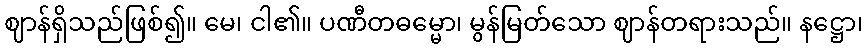
ဈာန်ရှိသည်ဖြစ်၍။ မေ၊ ငါ၏။ ပဏီတဓမ္မော၊ မွန်မြတ်သော ဈာန်တရားသည်။ နဋ္ဌော၊